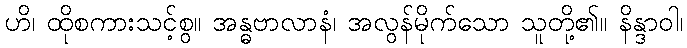
ဟိ၊ ထိုစကားသင့်စွ။ အန္ဓဗာလာနံ၊ အလွန်မိုက်သော သူတို့၏။ နိန္ဒာဝါ၊